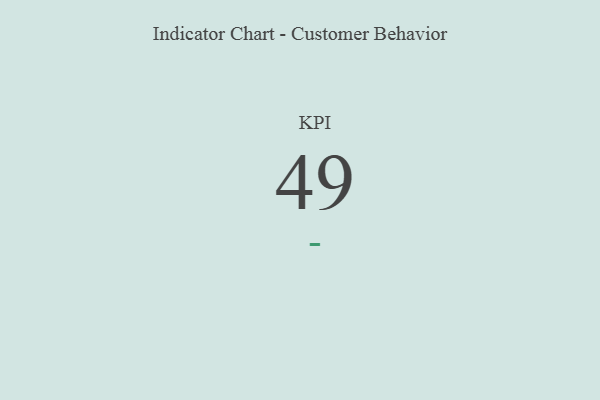
{"axis": {"x": "KPI", "y": "Value"}, "legend": [""], "data": [{"x": "KPI", "y": 49, "type": ""}]}